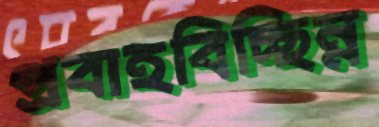
প্রবাহবিচ্ছিন্ন